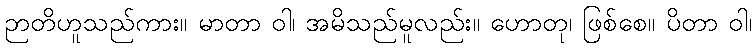
ဉာတိဟူသည်ကား။ မာတာ ဝါ၊ အမိသည်မူလည်း။ ဟောတု၊ ဖြစ်စေ။ ပိတာ ဝါ၊